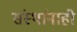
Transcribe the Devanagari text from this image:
संस्थांनाही